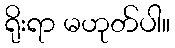
ရိုးရာ မဟုတ်ပါ။